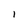
Character: l